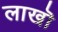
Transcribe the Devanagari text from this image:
लाखॊ